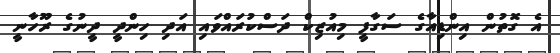
އެ ގޮތުން އިންޑިއާގެ ސަގާފީ މިއުޒިކް ދަސްކުރައްވައި އަދި ހިންދީ ދީނުގެ ރޫހާނީ